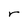
Character: r